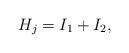
LaTeX: \begin{align*}H_j = I_1 + I_2,\end{align*}